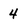
Character: 4